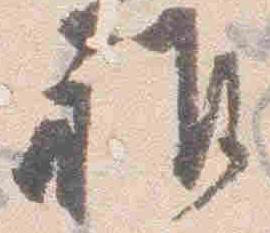
雅